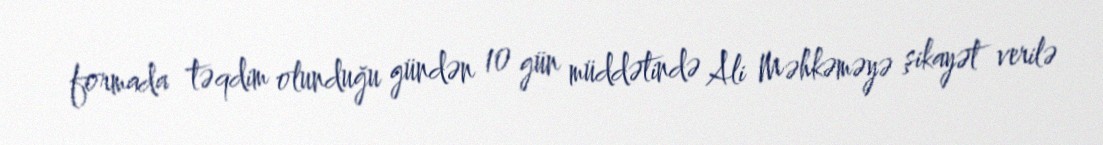
formada təqdim olunduğu gündən 10 gün müddətində Ali Məhkəməyə şikayət verilə